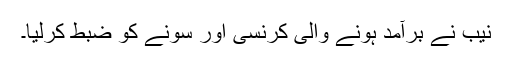
نیب نے برآمد ہونے والی کرنسی اور سونے کو ضبط کرلیا۔